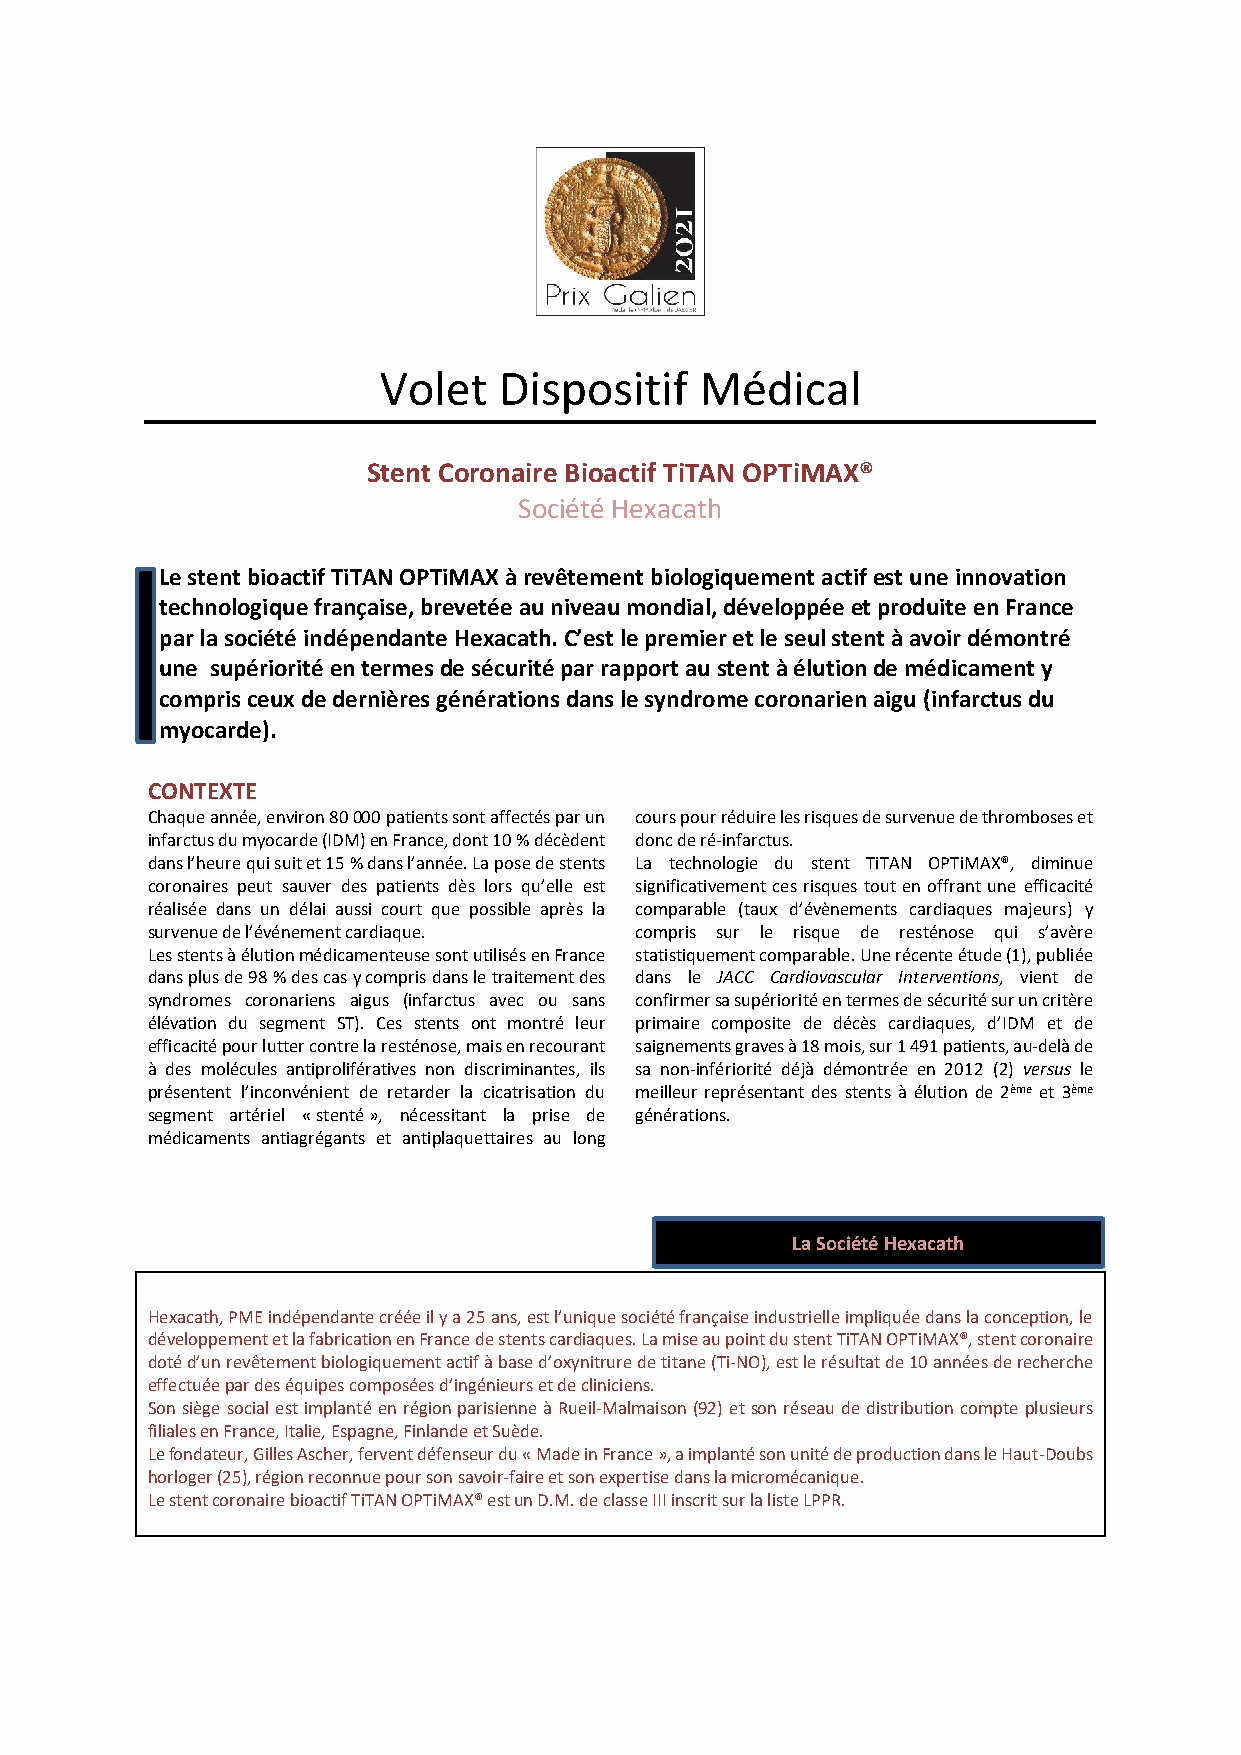
Volet   Dispositif   Médical
 Stent Coronaire Bioactif TiTAN OPTiMAX®
 Société Hexacath
 Le stent bioactif TiTAN OPTiMAX à revêtement biologiquement actif est une innovation
 technologique française, brevetée au niveau mondial, développée et produite en France
 par la société indépendante Hexacath. C’est le premier et le seul stent à avoir démontré
 une supériorité en termes de sécurité par rapport au stent à élution de médicament y
 compris ceux de dernières générations dans le syndrome coronarien aigu (infarctus du
 myocarde).
 CONTEXTE
 Chaque année, environ 80 000 patients sont affectés par un cours pour réduire les risques de survenue de thromboses et
 infarctus du myocarde (IDM) en France, dont 10 % décèdent donc de ré-infarctus.
 dans l’heure qui suit et 15 % dans l’année. La pose de stents La technologie du stent TiTAN OPTiMAX®, diminue
 coronaires peut sauver des patients dès lors qu’elle est significativement ces risques tout en offrant une efficacité
 réalisée dans un délai aussi court que possible après la comparable (taux d’évènements cardiaques majeurs) y
 survenue de l’événement cardiaque. compris sur le risque de resténose qui s’avère
 Les stents à élution médicamenteuse sont utilisés en France statistiquement comparable. Une récente étude (1), publiée
 dans plus de 98 % des cas y compris dans le traitement des dans le JACC Cardiovascular Interventions, vient de
 syndromes coronariens aigus (infarctus avec ou sans confirmer sa supériorité en termes de sécurité sur un critère
 élévation du segment ST). Ces stents ont montré leur primaire composite de décès cardiaques, d’IDM et de
 efficacité pour lutter contre la resténose, mais en recourant saignements graves à 18 mois, sur 1 491 patients, au-delà de
 à des molécules antiprolifératives non discriminantes, ils sa non-infériorité déjà démontrée en 2012 (2) versus le
 présentent l’inconvénient de retarder la cicatrisation du meilleur représentant des stents à élution de 2ème et 3ème
 segment artériel « stenté », nécessitant la prise de générations.
 médicaments antiagrégants et antiplaquettaires au long
 La Société Hexacath
 Hexacath, PME indépendante créée il y a 25 ans, est l’unique société française industrielle impliquée dans la conception, le
 développement et la fabrication en France de stents cardiaques. La mise au point du stent TiTAN OPTiMAX®, stent coronaire
 doté d’un revêtement biologiquement actif à base d’oxynitrure de titane (Ti-NO), est le résultat de 10 années de recherche
 effectuée par des équipes composées d’ingénieurs et de cliniciens.
 Son siège social est implanté en région parisienne à Rueil-Malmaison (92) et son réseau de distribution compte plusieurs
 filiales en France, Italie, Espagne, Finlande et Suède.
 Le fondateur, Gilles Ascher, fervent défenseur du « Made in France », a implanté son unité de production dans le Haut-Doubs
 horloger (25), région reconnue pour son savoir-faire et son expertise dans la micromécanique.
 Le stent coronaire bioactif TiTAN OPTiMAX® est un D.M. de classe III inscrit sur la liste LPPR.